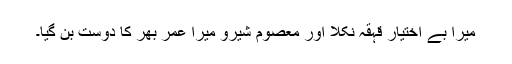
میرا بے اختیار قہقہ نکلا اور معصوم شیرو میرا عمر بھر کا دوست بن گیا۔